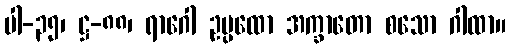
ပါ-၃၅၊ ဋ္ဌ-၈၈၊ ရာဂေါ ဥပ္ပထော အက္ခာတော စသော ဂါထာ။